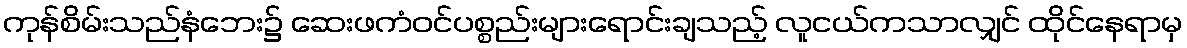
ကုန်စိမ်းသည်နံဘေး၌ ဆေးဖကံဝင်ပစ္စည်းများရောင်းချသည့် လူငယ်ကသာလျှင် ထိုင်နေရာမှ